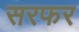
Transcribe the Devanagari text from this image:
सरफर